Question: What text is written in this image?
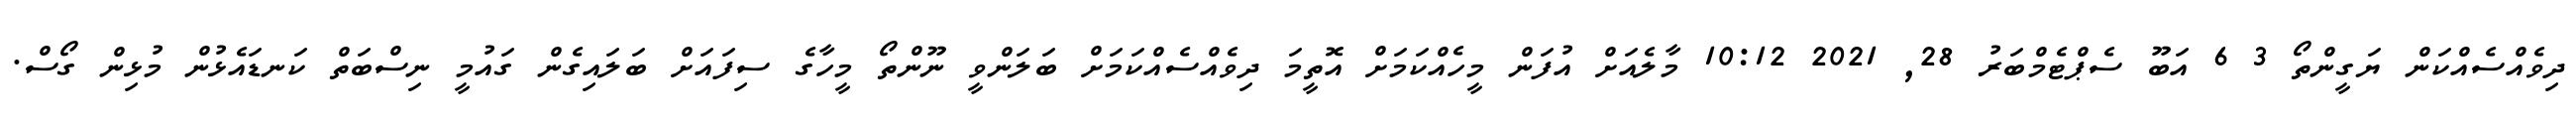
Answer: ދިވެއްސެއްކަން ޔަގީންތޯ 3 6 އަބޫ ސެޕްޓެމްބަރު 28, 2021 10:12 މާލެއަށް އުފަން މީހެއްކަމަށް އޮތީމަ ދިވެއްސެއްކަމަށް ބަލަންވީ ނޫންތޯ މީހާގެ ސިފައަށް ބަލައިގެން ގައުމީ ނިސްބަތް ކަނޑައެޅުން މުޅިން ގޯސް.